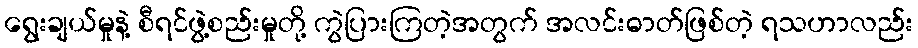
ရွေးချယ်မှုနဲ့ စီရင်ဖွဲ့စည်းမှုတို့ ကွဲပြားကြတဲ့အတွက် အလင်းဓာတ်ဖြစ်တဲ့ ရသဟာလည်း